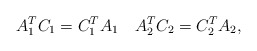
\begin{align*} A_{1}^{T} C_{1} = C_{1}^{T} A_{1} \quad A_{2}^{T} C_{2} = C_{2}^{T} A_{2}, \end{align*}